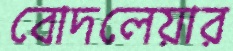
বোদলেয়ার